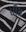
ધીસ